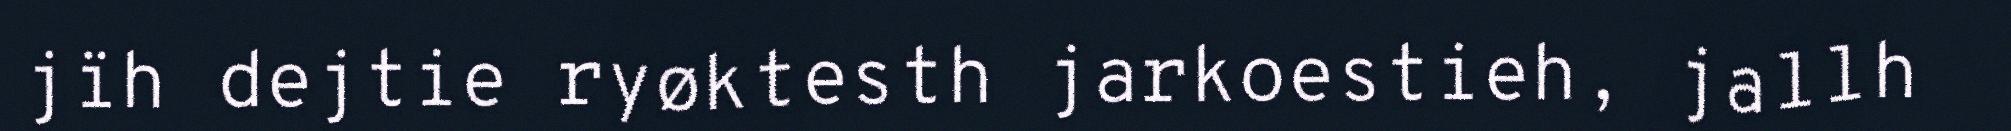
jïh dejtie ryøktesth jarkoestieh, jallh